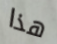
هذا